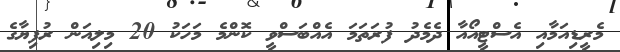
މެރީޑިއަމާއި އެސްޓީއޯއާ ދެމެދު ފުރަތަމަ އެއްބަސްވީ ކޮންމެ މަހަކު 20 މިލިއަން ރުފިޔާގެ